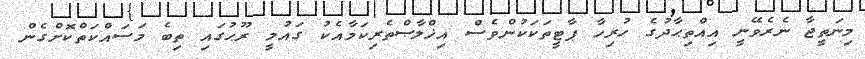
މިނަތީޖާ ނެރެވޭނީ އިއްތިޙާދުގެ ހުރިހާ ޕާޓީތަކަކުންވެސް އިޚްލާޞްތެރިކަމާއެކު ގައުމީ ރޫޙުގައި ތިބެ މަސައްކަތްކޮށްގެން